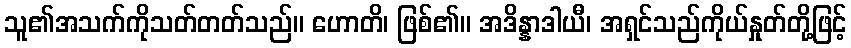
သူ၏အသက်ကိုသတ်တတ်သည်။ ဟောတိ၊ ဖြစ်၏။ အဒိန္နာဒါယီ၊ အရှင်သည်ကိုယ်နှုတ်တို့ဖြင့်